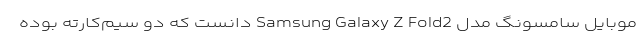
موبایل سامسونگ مدل Samsung Galaxy Z Fold2 دانست که دو سیم‌کارته بوده